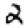
Digit: 2